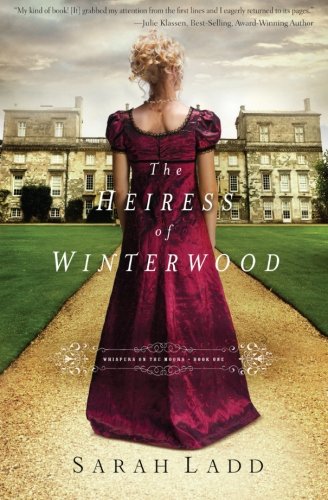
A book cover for The Heiress of Winterwood (Whispers On The Moors); Sarah E. Ladd; Romance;